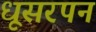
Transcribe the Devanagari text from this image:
धूसरपन